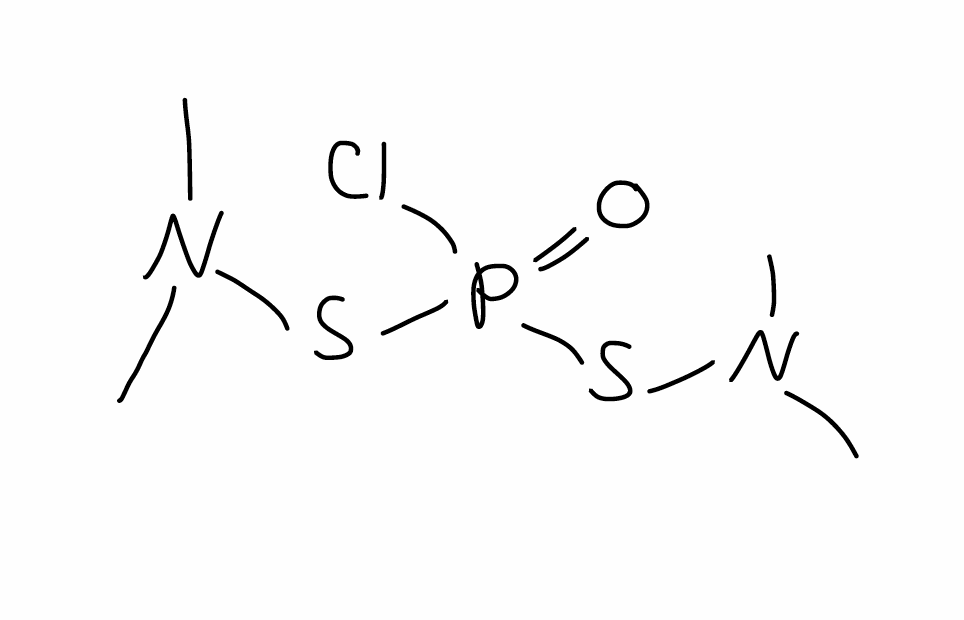
Simplified molecular-input line-entry system (SMILES) notation of the given molecule:
CN(C)SP(=O)(SN(C)C)Cl